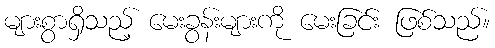
များစွာရှိသည့် မေးခွန်းများကို မေးခြင်း ဖြစ်သည်။